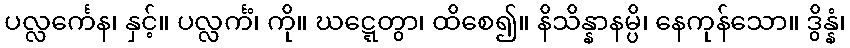
ပလ္လင်္ကေန၊ နှင့်။ ပလ္လင်္ကံ၊ ကို။ ဃဋ္ဋေတွာ၊ ထိစေ၍။ နိသိန္နာနမ္ပိ၊ နေကုန်သော။ ဒွိန္နံ၊